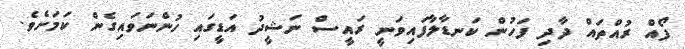
ފޯއް ރުއްތައް ދާދި ފަހުން ކަނޑާލާފައިވަނީ ރައީސް ނަޝީދު އަޑީގައި ހުންނަވައިގެން ކަމަށެވެ.